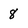
Character: 8